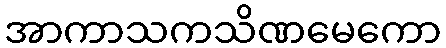
အာကာသကသိဏမေကော